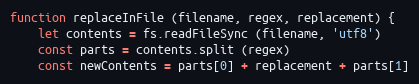
Language: JavaScript
function replaceInFile (filename, regex, replacement) {
    let contents = fs.readFileSync (filename, 'utf8')
    const parts = contents.split (regex)
    const newContents = parts[0] + replacement + parts[1]